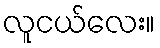
လူငယ်လေး။